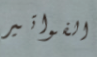
الفواتير